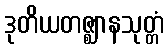
ဒုတိယတဇ္ဈာနသုတ္တံ